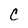
Character: C